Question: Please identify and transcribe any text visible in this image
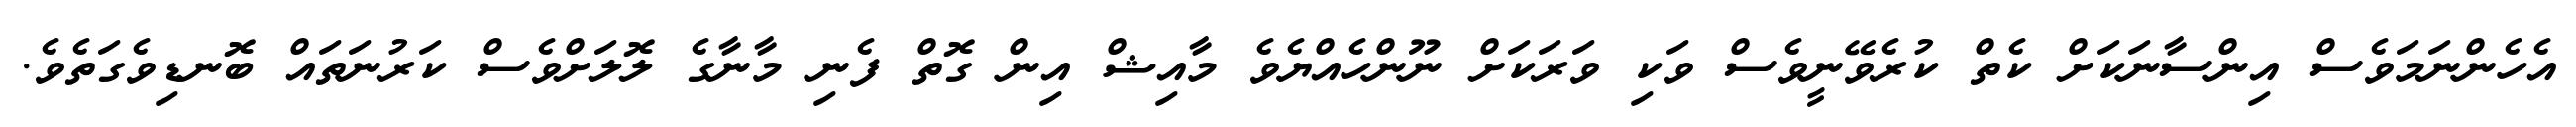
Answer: އެހެންނަމަވެސް އިންސާނަކަށް ކެތް ކުރެވޭނީވެސް ވަކި ވަރަކަށް ނޫންހެއްޔެވެ މާއިޝް އިން ގޮތް ފެނި މާނާގެ ލޮލަށްވެސް ކަރުނަތައް ބޮނޑިވެގަތެވެ.